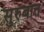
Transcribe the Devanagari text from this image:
सुरुबात